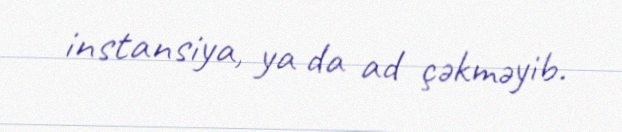
instansiya, ya da ad çəkməyib.